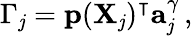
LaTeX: \Gamma_{\mathit{j}}=\mathbf{{p}}(\mathbf{{X}}_{\mathit{j}})^{\intercal}\mathbf{{a}}_{\mathit{j}}^{\gamma}\, ,